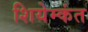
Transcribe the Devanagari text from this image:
शियेम्कंत